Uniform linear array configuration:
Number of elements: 12
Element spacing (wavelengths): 0.75
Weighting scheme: hann
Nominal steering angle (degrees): -15
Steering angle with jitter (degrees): -15.053
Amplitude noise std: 0.05
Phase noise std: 0.05

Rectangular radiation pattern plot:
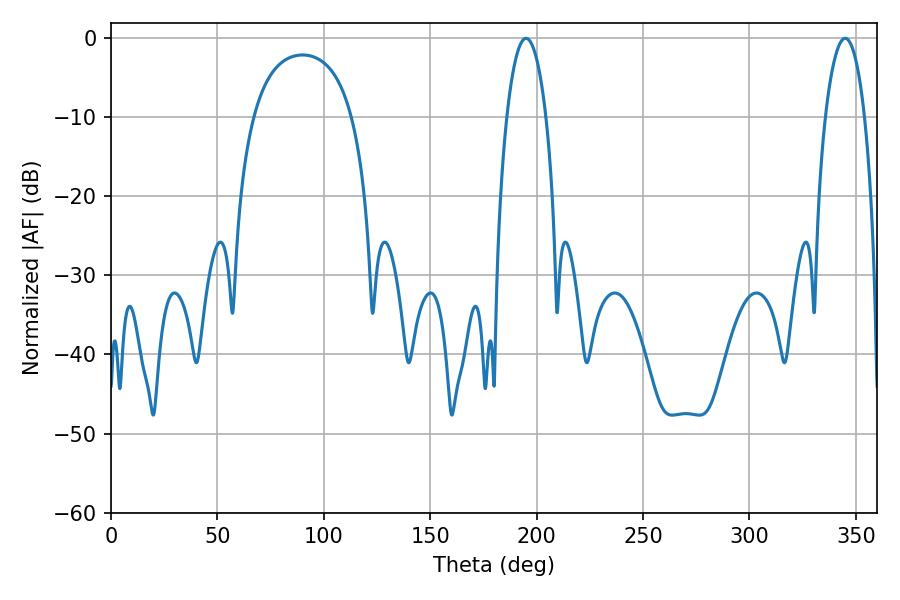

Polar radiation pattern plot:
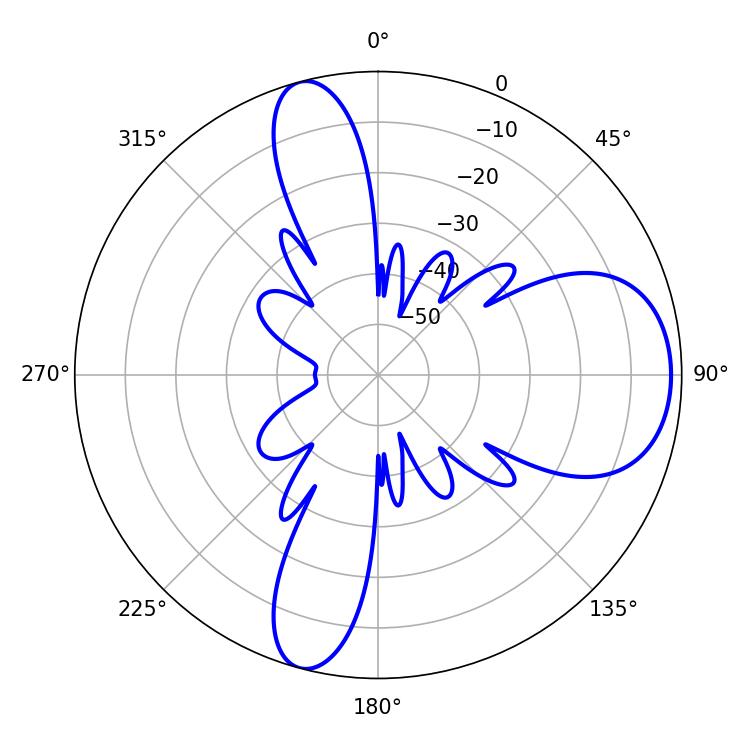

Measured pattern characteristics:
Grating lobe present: TRUE
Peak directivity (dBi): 9.256
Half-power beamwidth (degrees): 10.26
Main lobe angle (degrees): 194.94